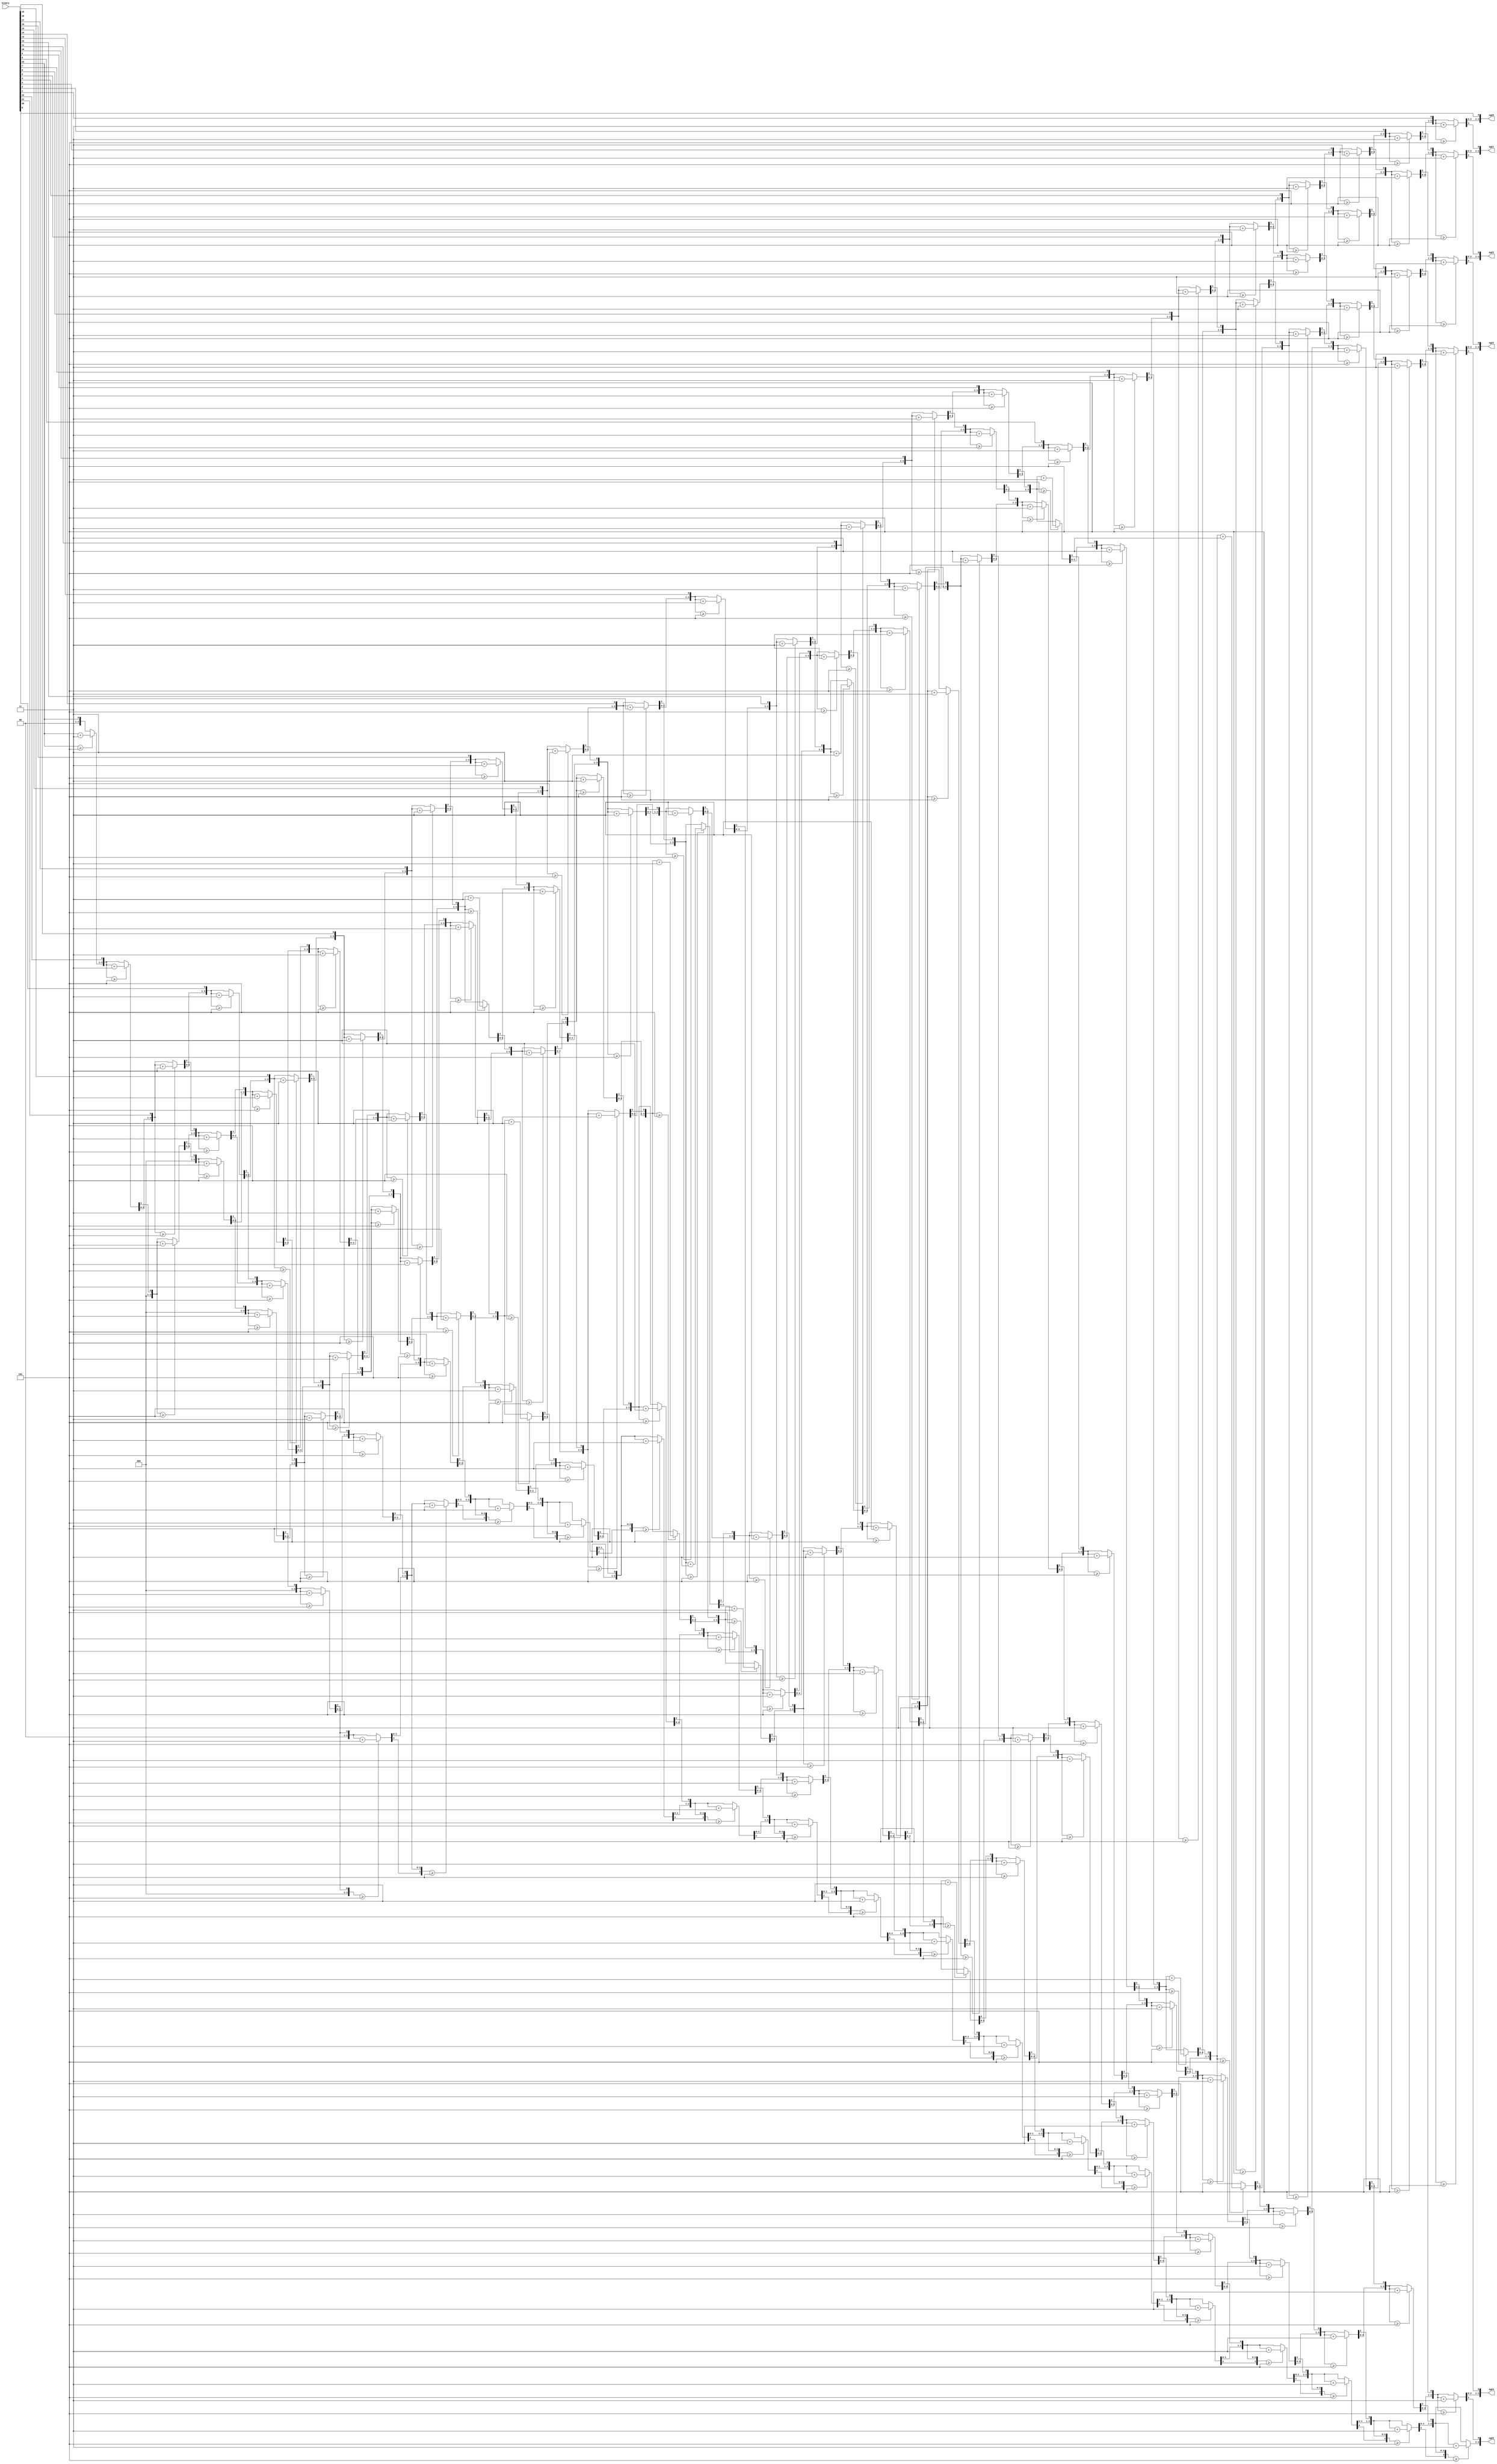
`timescale 1ns / 1ps
//////////////////////////////////////////////////////////////////////////////////
// Company: 
// Engineer: 
// 
// Design Name: 
// Module Name:    bin2bcd_v2 
// Project Name: 
// Target Devices: 
// Tool versions: 
// Description: 
//
// Dependencies: 
//
// Revision: 
// Revision 0.01 - File Created
// Additional Comments: 
//
//////////////////////////////////////////////////////////////////////////////////
module bin2bcd_v2(
            input [23:0] binary,
				output reg [3:0] sgZ0,
				output reg [3:0] sgZ1,
				output reg [3:0] sgZ2,
				output reg [3:0] sgZ3,
				output reg [3:0] sgZ4,
				output reg [3:0] sgZ5				
				);
integer i;
always @(binary)
begin
  sgZ5=4'd0;
  sgZ4=4'd0;
  sgZ3=4'd0;
  sgZ2=4'd0;
  sgZ1=4'd0;
  sgZ0=4'd0;
  for (i=23; i>=0; i=i-1)
  begin
     //add 3 to columns>=5
	  if (sgZ5>=5) sgZ5=sgZ5+3;
	  if (sgZ4>=5) sgZ4=sgZ4+3;
	  if (sgZ3>=5) sgZ3=sgZ3+3;
	  if (sgZ2>=5) sgZ2=sgZ2+3;
	  if (sgZ1>=5) sgZ1=sgZ1+3;
	  if (sgZ0>=5) sgZ0=sgZ0+3;
	  
	  //shift left one
	  sgZ5=sgZ5<<1;
	  sgZ5[0]=sgZ4[3];	  
	  sgZ4=sgZ4<<1;
	  sgZ4[0]=sgZ3[3];	  
	  sgZ3=sgZ3<<1;
	  sgZ3[0]=sgZ2[3];
	  
	  sgZ2=sgZ2<<1;
	  sgZ2[0]=sgZ1[3];
	  sgZ1=sgZ1<<1;
	  sgZ1[0]=sgZ0[3];
	  sgZ0=sgZ0<<1;
	  sgZ0[0]=binary[i];
  end
end				
endmodule